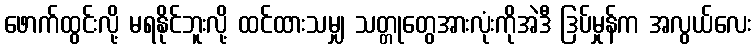
ဖောက်ထွင်းလို့ မရနိုင်ဘူးလို့ ထင်ထားသမျှ သတ္တုတွေအားလုံးကိုအဲဒီ ဒြပ်မှုန်က အလွယ်လေး